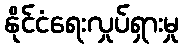
နိုင်ငံရေးလှုပ်ရှားမှု